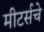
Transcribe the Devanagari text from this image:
मीटर्सचे